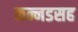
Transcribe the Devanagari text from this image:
कन्नडसह